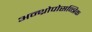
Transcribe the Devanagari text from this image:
अन्थ्रोपोसन्त्रिक